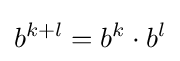
b^{k+l}=b^{k}\cdot b^{l}